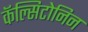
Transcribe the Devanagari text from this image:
कॅल्सिटोनिन